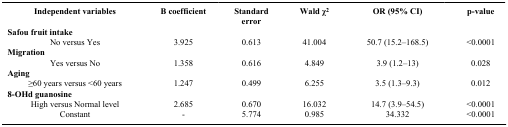
| Independent variables | B coefficient | Standard error | Wald χ2 | OR (95% CI) | p-value |
 | --- | --- | --- | --- | --- | --- |
 | <COLSPAN=6> Safou fruit intake |
 | No versus Yes | 3.925 | 0.613 | 41.004 | 50.7 (15.2–168.5) | <0.0001 |
 | <COLSPAN=6> Migration |
 | Yes versus No | 1.358 | 0.616 | 4.849 | 3.9 (1.2–13) | 0.028 |
 | <COLSPAN=6> Aging |
 | ≥60 years versus <60 years | 1.247 | 0.499 | 6.255 | 3.5 (1.3–9.3) | 0.012 |
 | <COLSPAN=6> 8-OHd guanosine |
 | High versus Normal level | 2.685 | 0.670 | 16.032 | 14.7 (3.9–54.5) | <0.0001 |
 | Constant | - | 5.774 | 0.985 | 34.332 | <0.0001 |